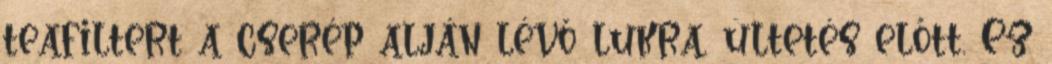
teafiltert a cserép alján lévő lukra, ültetés előtt. Ez